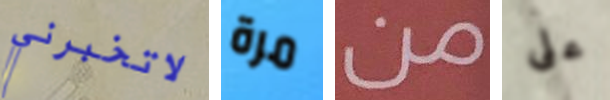
لاتخبرني مرة من على